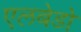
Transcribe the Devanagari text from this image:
एलबेडो